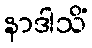
နာဒါသိံ